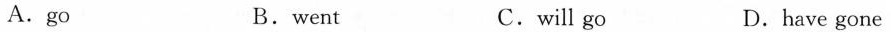
A.go B.went C.will go D.have gone